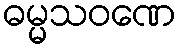
ဓမ္မသဝဏေ